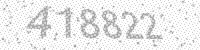
Solution: 418822